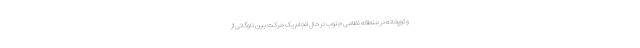
و توپخانه در منطقه نظامی جنوب در حال انجام یک حرکت بین ناوگانی از